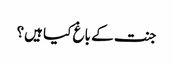
جنت کے باغ کیا ہیں؟